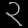
Digit: ၃